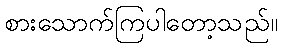
စားသောက်ကြပါတော့သည်။